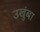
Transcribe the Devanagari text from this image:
उखुंबा